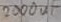
Text: 2000uF